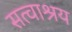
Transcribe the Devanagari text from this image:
सत्वाश्रय